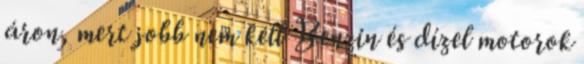
áron, mert jobb nem kell Benzin és dízel motorok